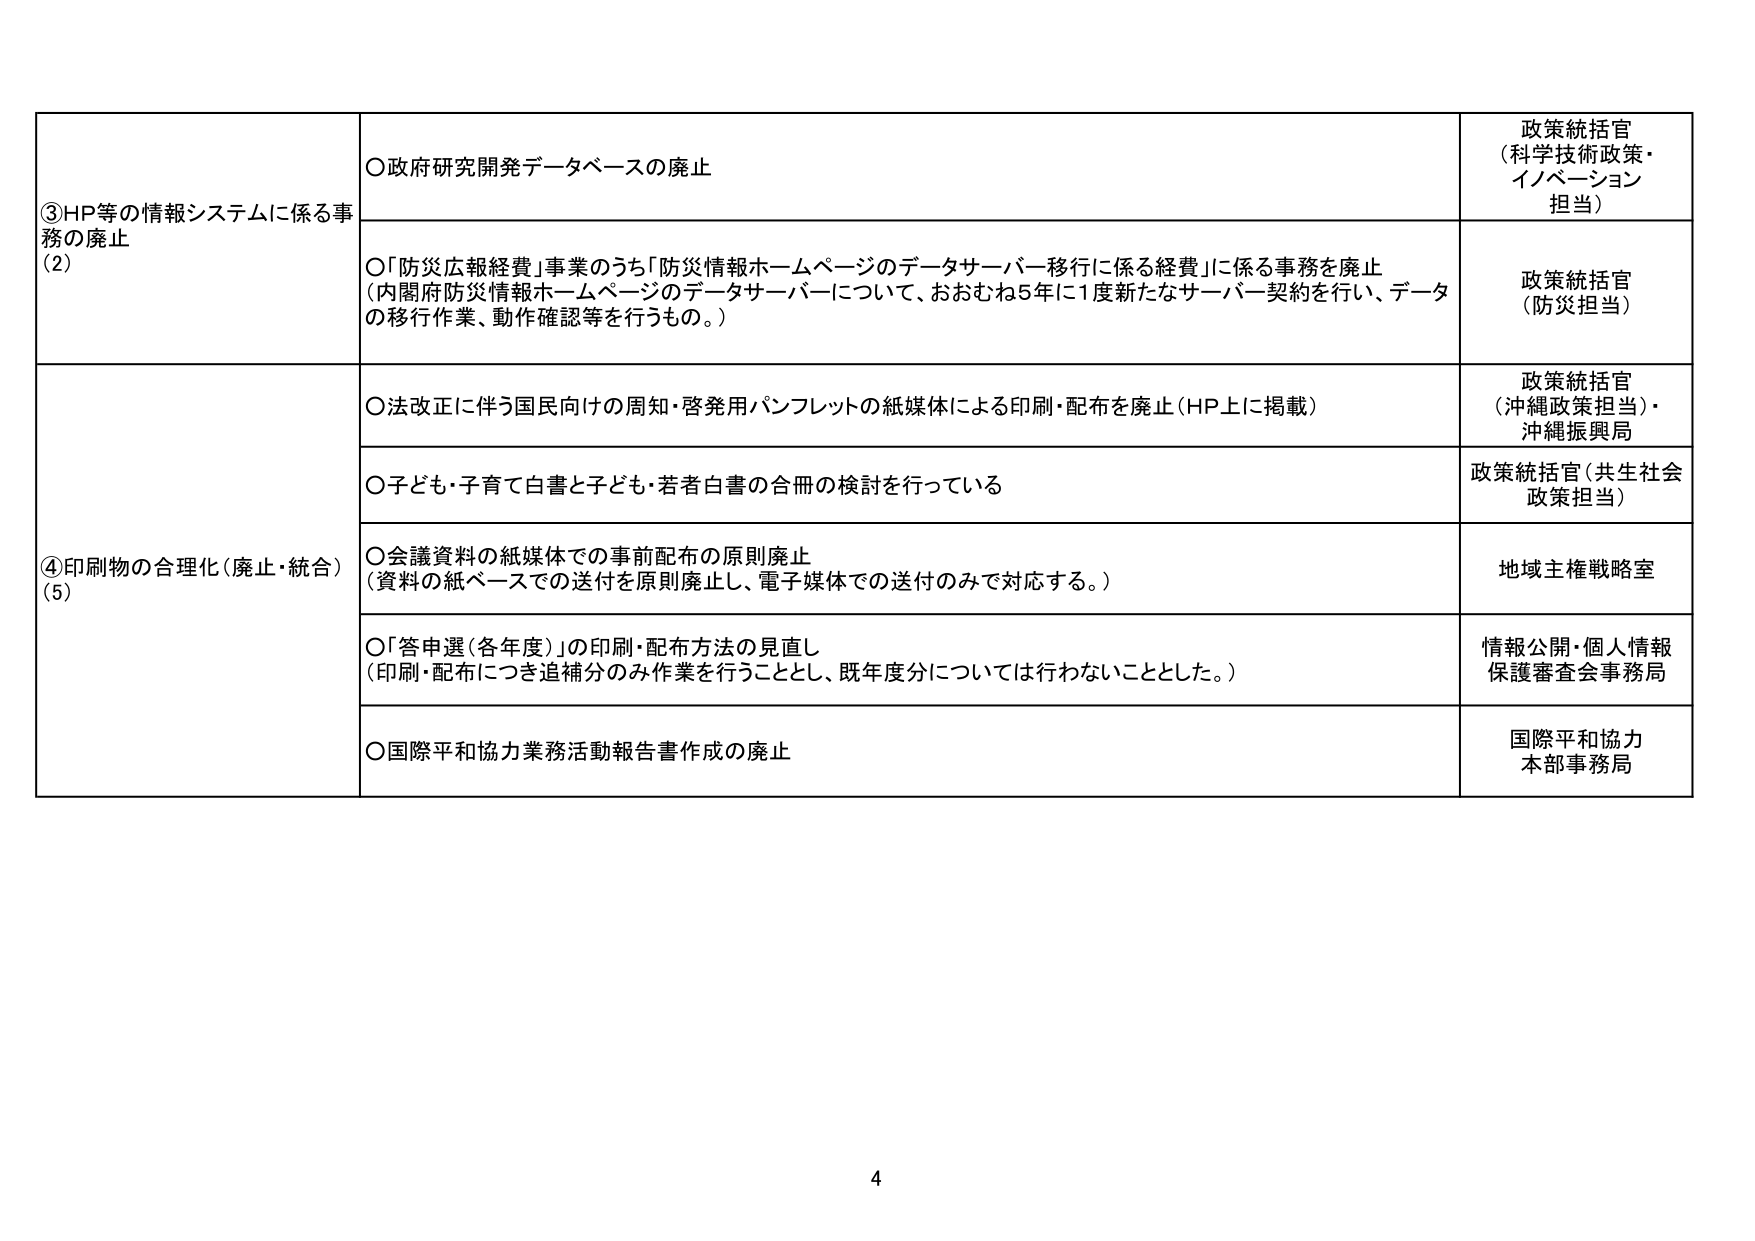
③HP等の情報システムに係る事務の廃止
(2)
○政府研究開発データベースの廃止
政策統括官
(科学技術政策・イノベーション担当)
○「防災広報経費」事業のうち「防災情報ホームページのデータサーバー移行に係る経費」に係る事務を廃止
(内閣府防災情報ホームページのデータサーバーについて、おおむね5年に1度新たなサーバー契約を行い、データの移行作業、動作確認等を行うもの。)
政策統括官
(防災担当)

④印刷物の合理化（廃止・統合）
(5)
○法改正に伴う国民向けの周知・啓発用パンフレットの紙媒体による印刷・配布を廃止（HP上に掲載）
政策統括官
(沖縄政策担当)・沖縄振興局
○子ども・子育て白書と子ども・若者白書の合冊の検討を行っている
政策統括官（共生社会政策担当）
○会議資料の紙媒体での事前配布の原則廃止
(資料の紙ベースでの送付を原則廃止し、電子媒体での送付のみで対応する。)
地域主権戦略室
○「答申選（各年度）」の印刷・配布方法の見直し
(印刷・配布につき追補分のみ作業を行うこととし、既年度分については行わないこととした。)
情報公開・個人情報保護審査会事務局
○国際平和協力業務活動報告書作成の廃止
国際平和協力本部事務局

4